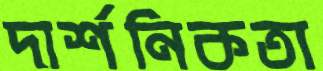
দার্শনিকতা